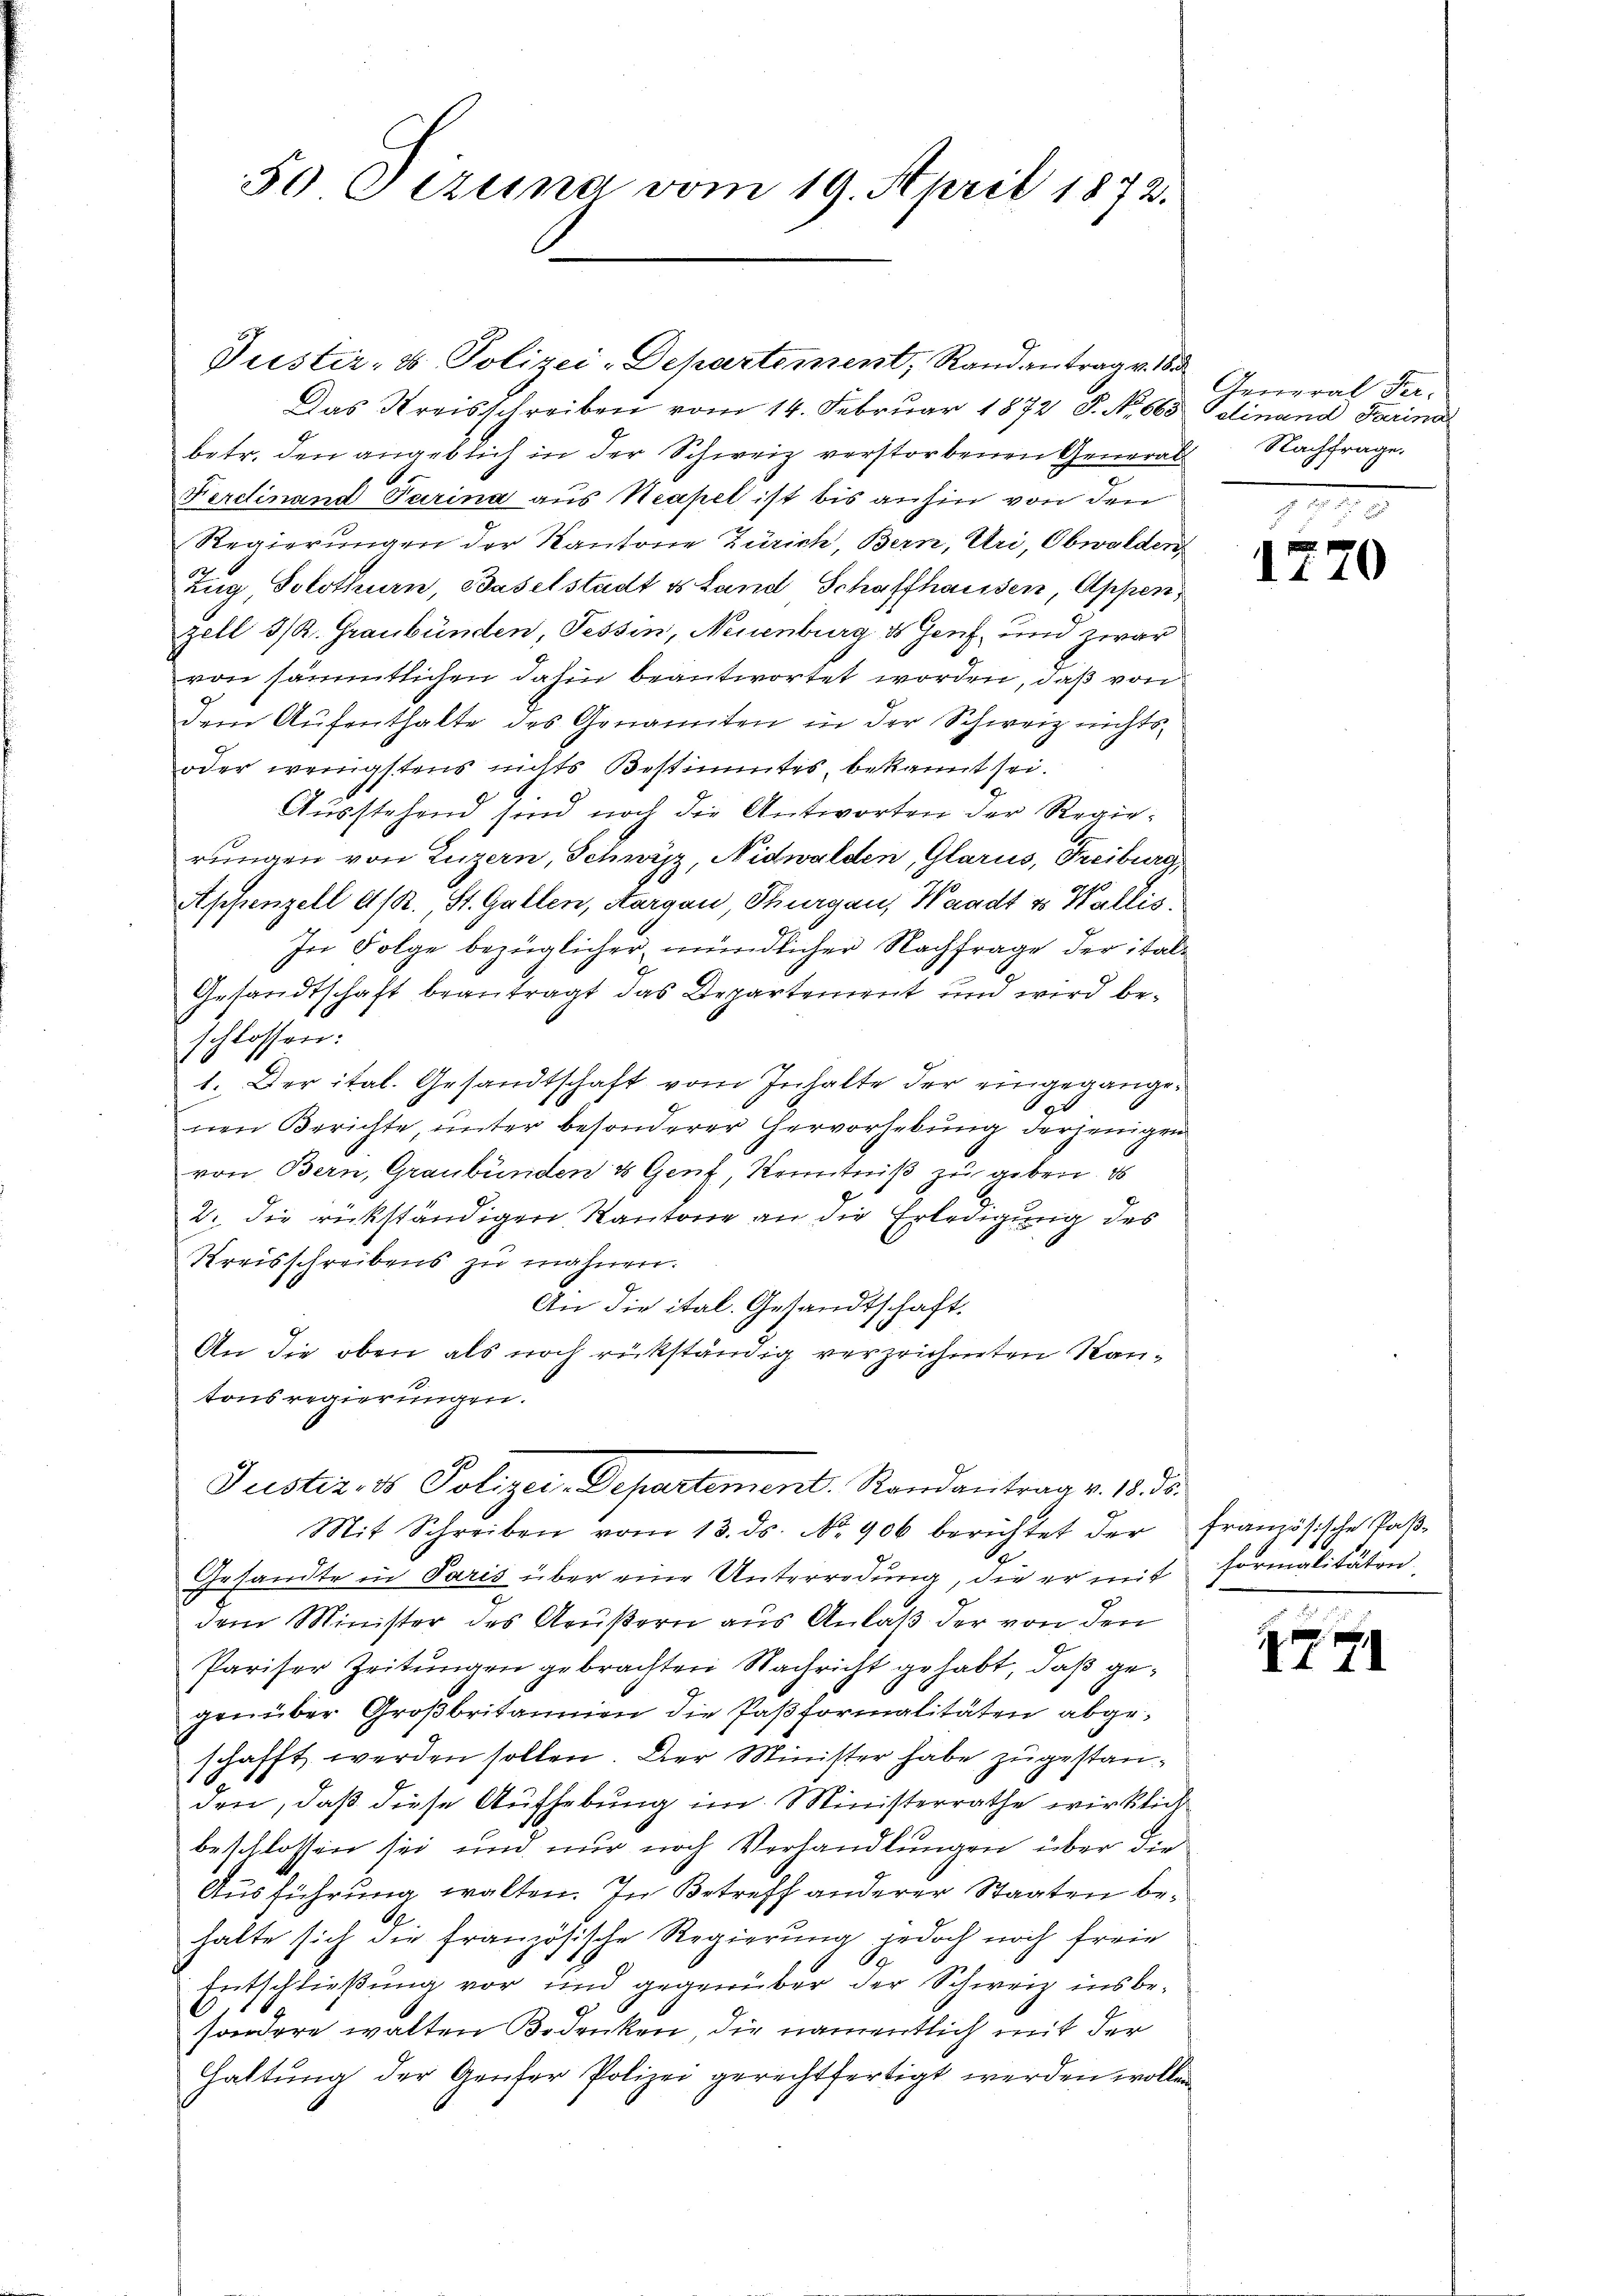
50 Gezung vom 19. April 1872.

Justiz- & Polizei-Departement, Randantrag v. So
Das Kreisschreiben vom 14. Februar 1872 P. No 663
betr. den angeblich in der Schweiz verstorbenen General Nachfrage
Ferdinand Parina aus Neapel ist bis anhin von den
Regierungen der Kantone Zürich, Bern, Uri, Obwalden¬
Zug, Solothurn, Baselstadt es Land Schaffhausen, Appenzell 5/. Graubünden, Tessin, Neuenburg ds Genf, und zwar
von sämmtlichen dahin beantwortet worden, daß von
dem Aŭfenthalte des Genannten in der Schweiz nichts-
oder wenigstens nichts Bestimmtes, bekannt sei.
Ausstehend sind noch die Antworten der Regierungen von Luzern, Schwyz, Nidwalden, Glarus, Freiburg,
Appenzell et R. St. Gallen, Aargau, Thurgau, Waadt v. Wallis,
In Folge bezüglicher mündlicher Nachfrage der ital¬
Gesandtschaft beantragt das Departement und wird beschlossen:
1. Der ital. Gesandtschaft vom Inhalte der eingeganged
nen Berichte, unter besonderer Hervorhebung derjenigen
von Bern, Graubünden & Genf, Kenntniß zu geben. D
2. die rückständigen Kantone an die Erledigung des
Kreisschreibens zu mahnen.
An die ital. Gesandtschaft.
An die oben als noch rükständig verzeichneten Kantonsregierungen.
Justiz, ds Polizei-Departement. Randantrag v. 18. ds.
Mit Schreiben vom 13. ds. No. 906 berichtet der
Gesandte in Paris über eine Unterredung, die er mit formalitäten
dem Minister des Grußern aus Anlaß der von den
Pariser Zeitungen gebrachten Nachricht gehabt, daß gegenüber Großbritannien die Paßformalitäten abgeschafft werden sollen. Der Minister habe zugestanden, daß diese Aufhebung im Ministerrathe wirklich
beschlossen sei, und nur noch Verhandlungen über die
Ausführung walten. In Betreff anderer Staaten behalte sich die französische Regierung jedoch noch freie
Entschließung vor und gegenüber der Schweiz insbesondere walten Bedenken, die namentlich mit der
Haltung der Genfer Polizei gerechtfertigt werden wollen

General Fer-
dinand darina

P
1170

französische Paß¬

7